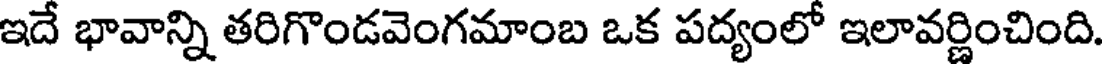
ఇదే భావాన్ని తరిగొండవెంగమాంబ ఒక పద్యంలో ఇలావర్ణించింది